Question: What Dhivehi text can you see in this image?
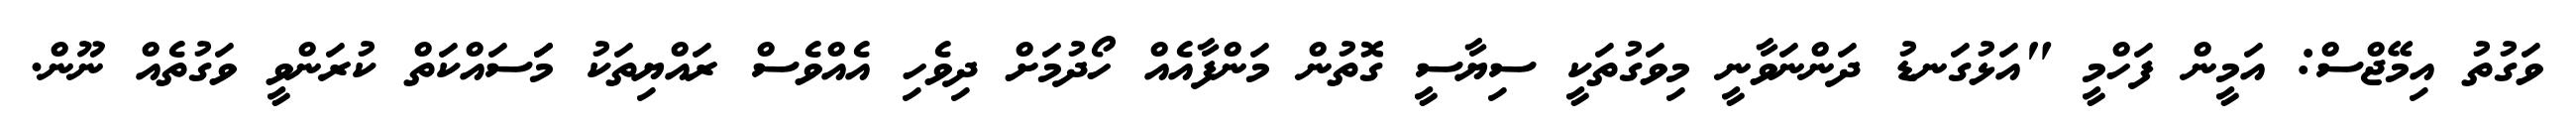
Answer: ވަގުތު އިމޭޖްސް: އަމީން ފަހްމީ "އަޅުގަނޑު ދަންނަވާނީ މިވަގުތަކީ ސިޔާސީ ގޮތުން މަންފާއެއް ހޯދުމަށް ދިވެހި އެއްވެސް ރައްޔިތަކު މަަސައްކަތް ކުރަންވީ ވަގުތެއް ނޫން.